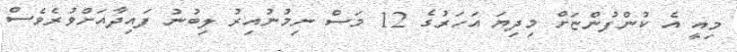
މިއީ އެ ކުންފުންޏަށް މިދިޔަ އަހަރުގެ 12 މަސް ނިމުނުއިރު ލިބުނު ފައިދާއަށްވުރެވެސް